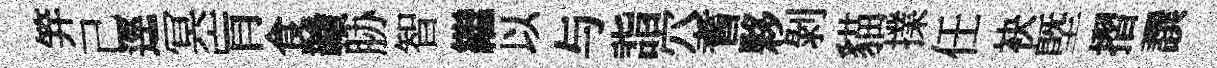
笄己逕冥肓食贛胁智繼以与詣穴耆夥剝貓擈任袂塈摺譔